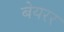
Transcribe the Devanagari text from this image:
बेयरर